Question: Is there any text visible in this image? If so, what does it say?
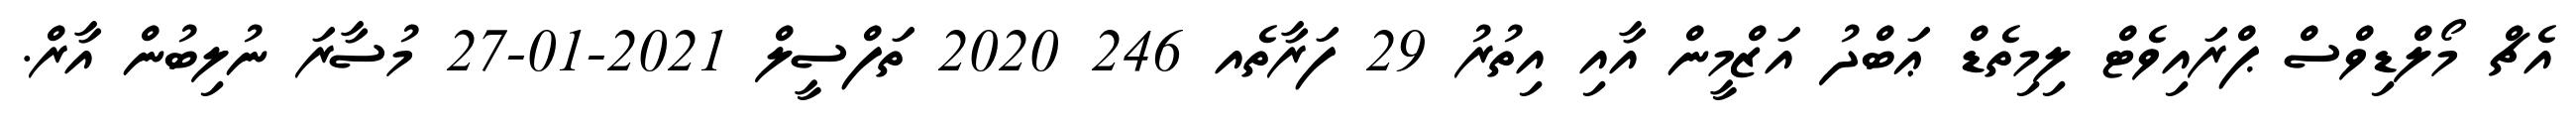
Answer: އެޗް މޯލްޑިވްސް ޕްރައިވެޓް ލިމިތެޑް ޢަބްދު އަޒްމީން އާއި އިތުރު 29 ފަރާތެއ 246 2020 ތަފްސީލް 2021-01-27 މުސާރަ ނުލިބުން އާރް.